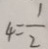
4 = \frac { 1 } { 2 }